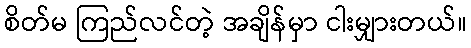
စိတ်မ ကြည်လင်တဲ့ အချိန်မှာ ငါးမျှားတယ်။